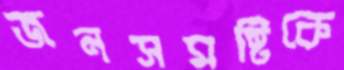
জনসমষ্টিকে